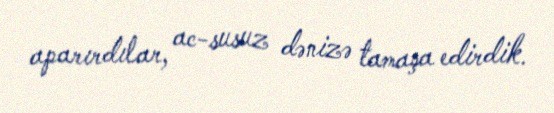
aparırdılar, ac-susuz dənizə tamaşa edirdik.